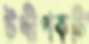
উদ্দীপকটি